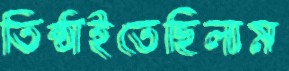
তিষ্ঠাইতেছিলাম